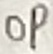
Text: OP